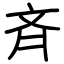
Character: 斉